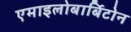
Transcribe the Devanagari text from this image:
एमाइलोबार्बिटोन